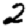
Digit: 2